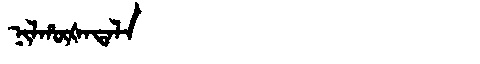
Manchu: ᠨᡳᠯᡥᡡᡧᠠᡨᠠᠯᠠ
Romanization: NILHŪŠATALA